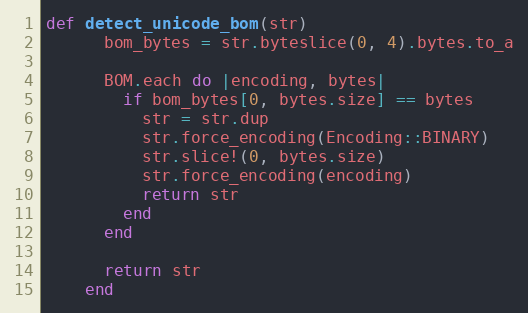
Language: Ruby
def detect_unicode_bom(str)
      bom_bytes = str.byteslice(0, 4).bytes.to_a

      BOM.each do |encoding, bytes|
        if bom_bytes[0, bytes.size] == bytes
          str = str.dup
          str.force_encoding(Encoding::BINARY)
          str.slice!(0, bytes.size)
          str.force_encoding(encoding)
          return str
        end
      end

      return str
    end